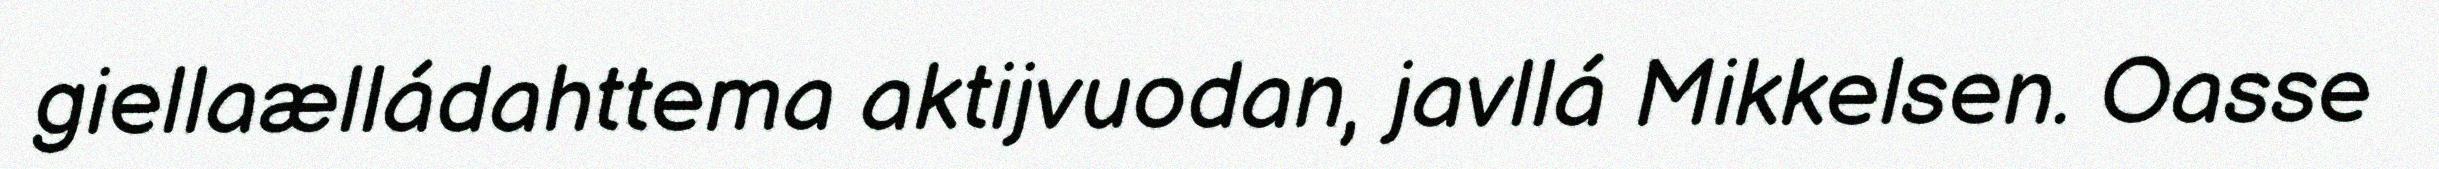
giellaælládahttema aktijvuodan, javllá Mikkelsen. Oasse